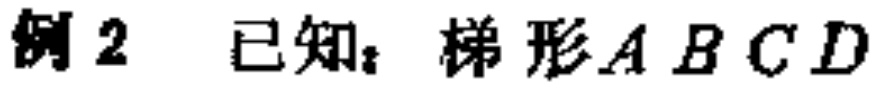
例2 已知：梯形\(ABCD\)